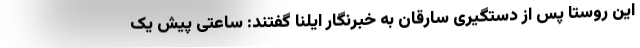
این روستا پس از دستگیری سارقان به خبرنگار ایلنا گفتند: ساعتی پیش یک